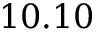
1 0 . 1 0